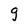
Character: g